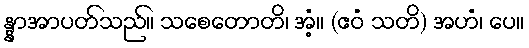
န္နာအာပတ်သည်။ သစေတောတိ၊ အံ့။ (ဧဝံ သတိ) အဟံ၊ ပေ။